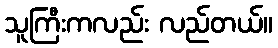
သူကြီးကလည်း လည်တယ်။